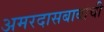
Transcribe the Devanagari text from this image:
अमरदासबाबांची